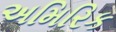
અમિરિક